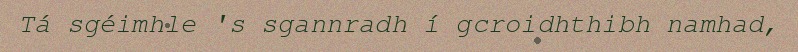
Tá sgéimhle 's sgannradh í gcroidhthibh namhad,